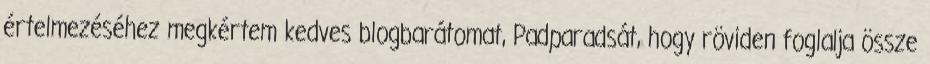
értelmezéséhez megkértem kedves blogbarátomat, Padparadsát, hogy röviden foglalja össze